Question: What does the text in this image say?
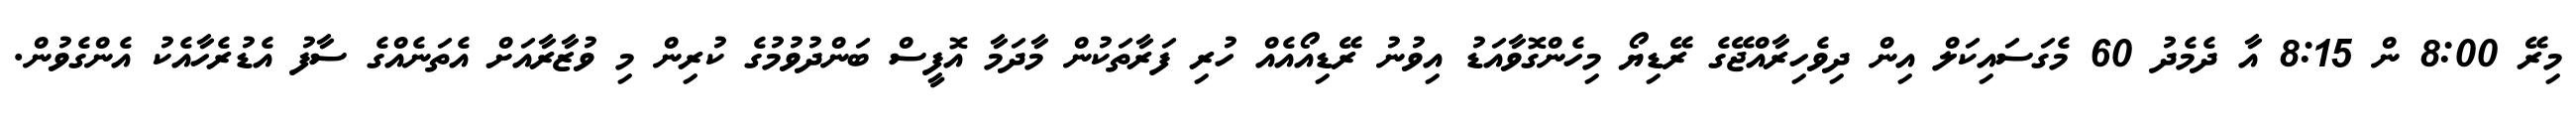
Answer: މިރޭ 8:00 ން 8:15 އާ ދެމެދު 60 މެގަސައިކަލް އިން ދިވެހިރާއްޖޭގެ ރޭޑިޔޯ މިހެންގޮވާއަޑު އިވުނު ރޭޑިއޯއެއް ހުރި ފަރާތަކުން މާދަމާ އޮފީސް ބަންދުވުމުގެ ކުރިން މި ވުޒާރާއަށް އެތަނެއްގެ ސާފު އެޑުރެހާއެކު އެންގެވުން.